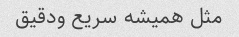
مثل همیشه سریع ودقیق